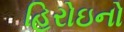
હિરોઇનો